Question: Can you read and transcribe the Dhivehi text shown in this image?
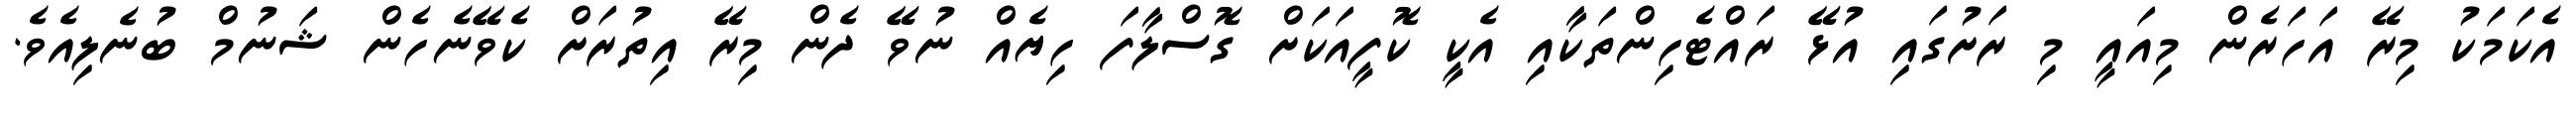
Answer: އެކަމަކު މިރޭ އަހަރެން މިއައީ މި ރަށުގައި އުޅޭ ރައްޓެހިންތަކާއި އެކީ ކޮފީއަކަށް ގޮސްލާފަ ހިޔެއް ނުވޭ ދެން މިރޭ އިތުރަށް ކެވޭނެހެން ޝަނުމް ބުނެލިއެވެ.